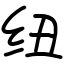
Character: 纽